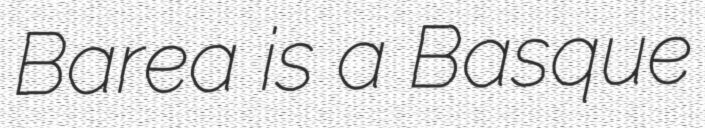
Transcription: Barea is a Basque